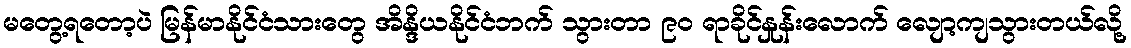
မတွေ့ရတော့ပဲ မြန်မာနိုင်ငံသားတွေ အိန္ဒိယနိုင်ငံဘက် သွားတာ ၉၀ ရာခိုင်နှုန်းလောက် လျော့ကျသွားတယ်လို့